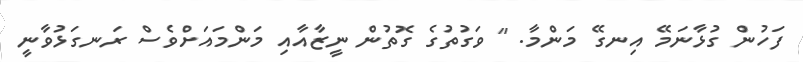
ފަހުން ގުޅާނަމޭ އިނގޭ މަންމާ. " ވަގުތުގެ ގޮތުން ނީޒާއާއި މަންމައަށްވެސް ރަނގަޅުވާނީ